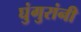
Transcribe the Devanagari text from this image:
घुंगुरांनी